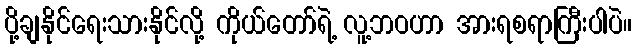
ပို့ချနိုင်ရေးသားနိုင်လို့ ကိုယ်တော်ရဲ့ လူ့ဘဝဟာ အားရစရာကြီးပါပဲ။